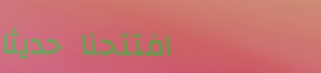
افتتحنا حديثاً